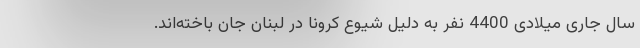
سال جاری میلادی 4400 نفر به دلیل شیوع کرونا در لبنان جان باخته‌اند.